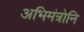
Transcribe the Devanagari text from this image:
अभिमंत्रोनि